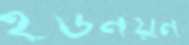
ইউনয়ন